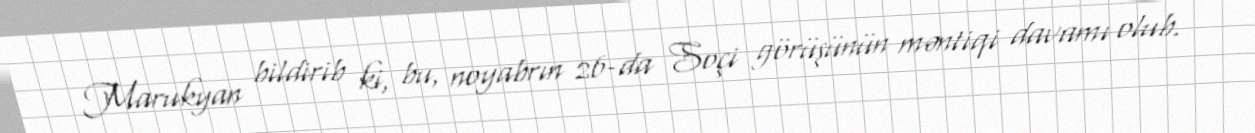
Marukyan bildirib ki, bu, noyabrın 26-da Soçi görüşünün məntiqi davamı olub.